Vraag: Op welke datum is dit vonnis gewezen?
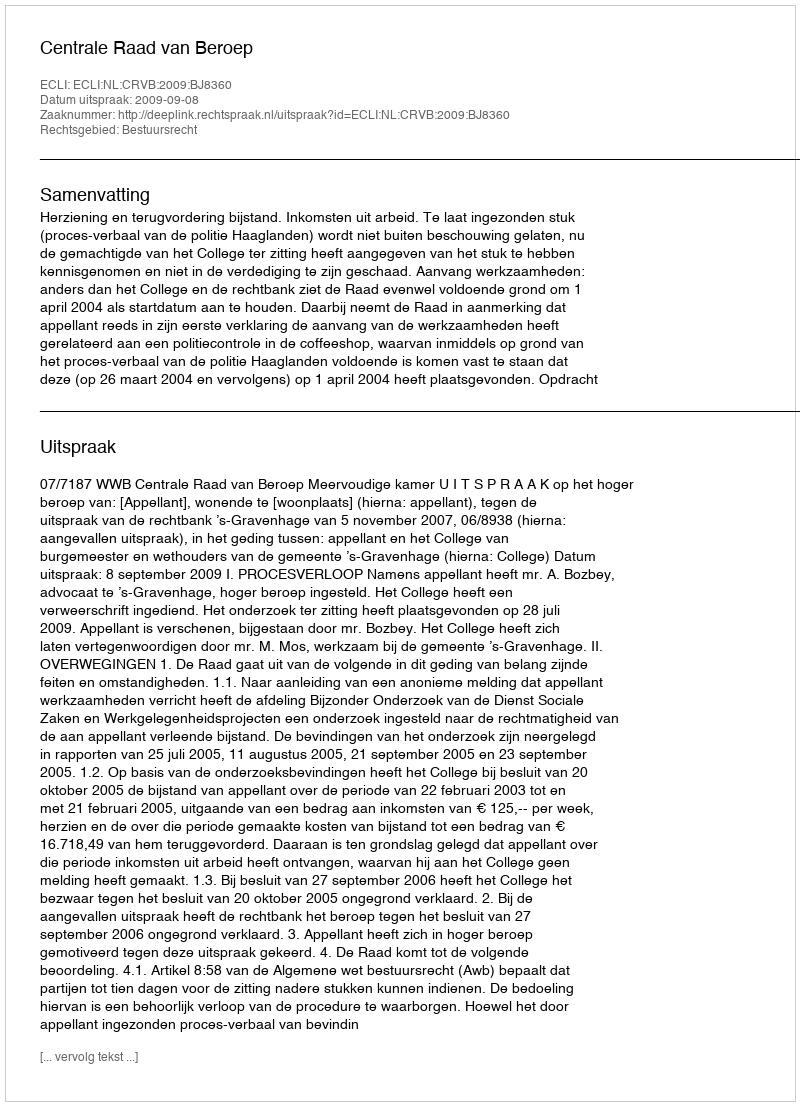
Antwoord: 2009-09-08